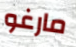
مارغو